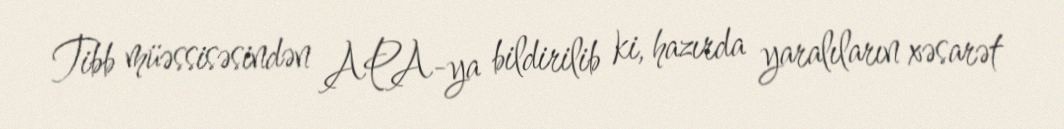
Tibb müəssisəsindən APA-ya bildirilib ki, hazırda yaralıların xəsarət